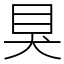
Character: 狊